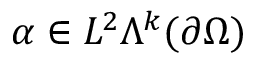
\alpha \in L ^ { 2 } \Lambda ^ { k } ( \partial \Omega )